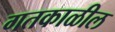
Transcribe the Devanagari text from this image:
गतकाळील